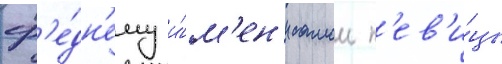
ср'е́дн'ему и́м'ен'и самои п'ев'и́цы